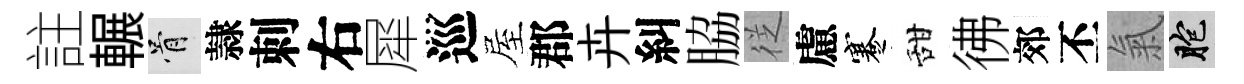
註輾骨隷刺右犀巡屋郡卉糾脇徔慮蹇甜彿郊丕氣胞